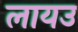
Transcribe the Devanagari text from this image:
लायउ